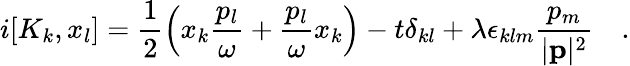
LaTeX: i[K_{k},x_{l}]=\frac{1}{2}\left(x_{k}\frac{p_{l}}{\omega}+\frac{p_{l}}{\omega}x_{k}\right)-t\delta_{kl}+\lambda\epsilon_{klm}\frac{p_{m}}{|{\mathbf p}|^{2}}~~~~.